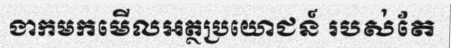
ងាកមកមើលអត្ថប្រយោជន៍ របស់តែ